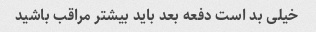
خیلی بد است دفعه بعد باید بیشتر مراقب باشید